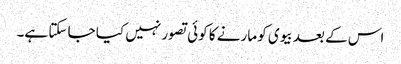
اس کے بعد بیوی کو مارنے کا کوئی تصور نہیں کیا جا سکتا ہے۔